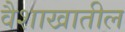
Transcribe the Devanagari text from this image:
वैशाखातील